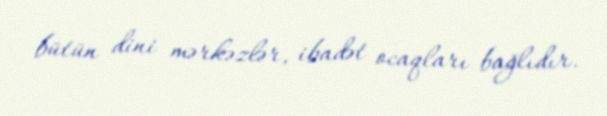
bütün dini mərkəzlər, ibadət ocaqları bağlıdır.